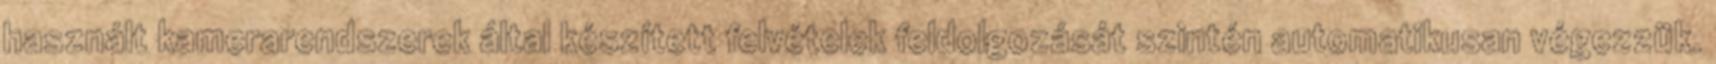
használt kamerarendszerek által készített felvételek feldolgozását szintén automatikusan végezzük.